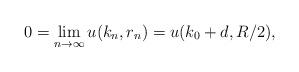
LaTeX: \begin{align*}0=\lim_{n\to\infty}u(k_n,r_n)=u(k_0+d,R/2),\end{align*}